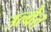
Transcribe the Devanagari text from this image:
उल्वेत